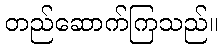
တည်ဆောက်ကြသည်။